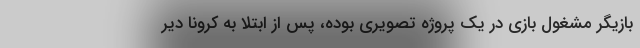
بازیگر مشغول بازی در یک پروژه تصویری بوده، پس از ابتلا به کرونا دیر